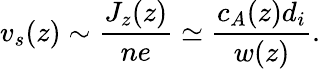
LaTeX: v_{s}(z)\sim\frac{J_{z}(z)}{ne}\simeq\frac{c_{A}(z)d_{i}}{w(z)}.